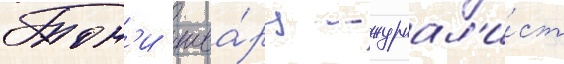
Тон'и шва́рц - журнал'и́ст